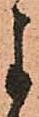
よ